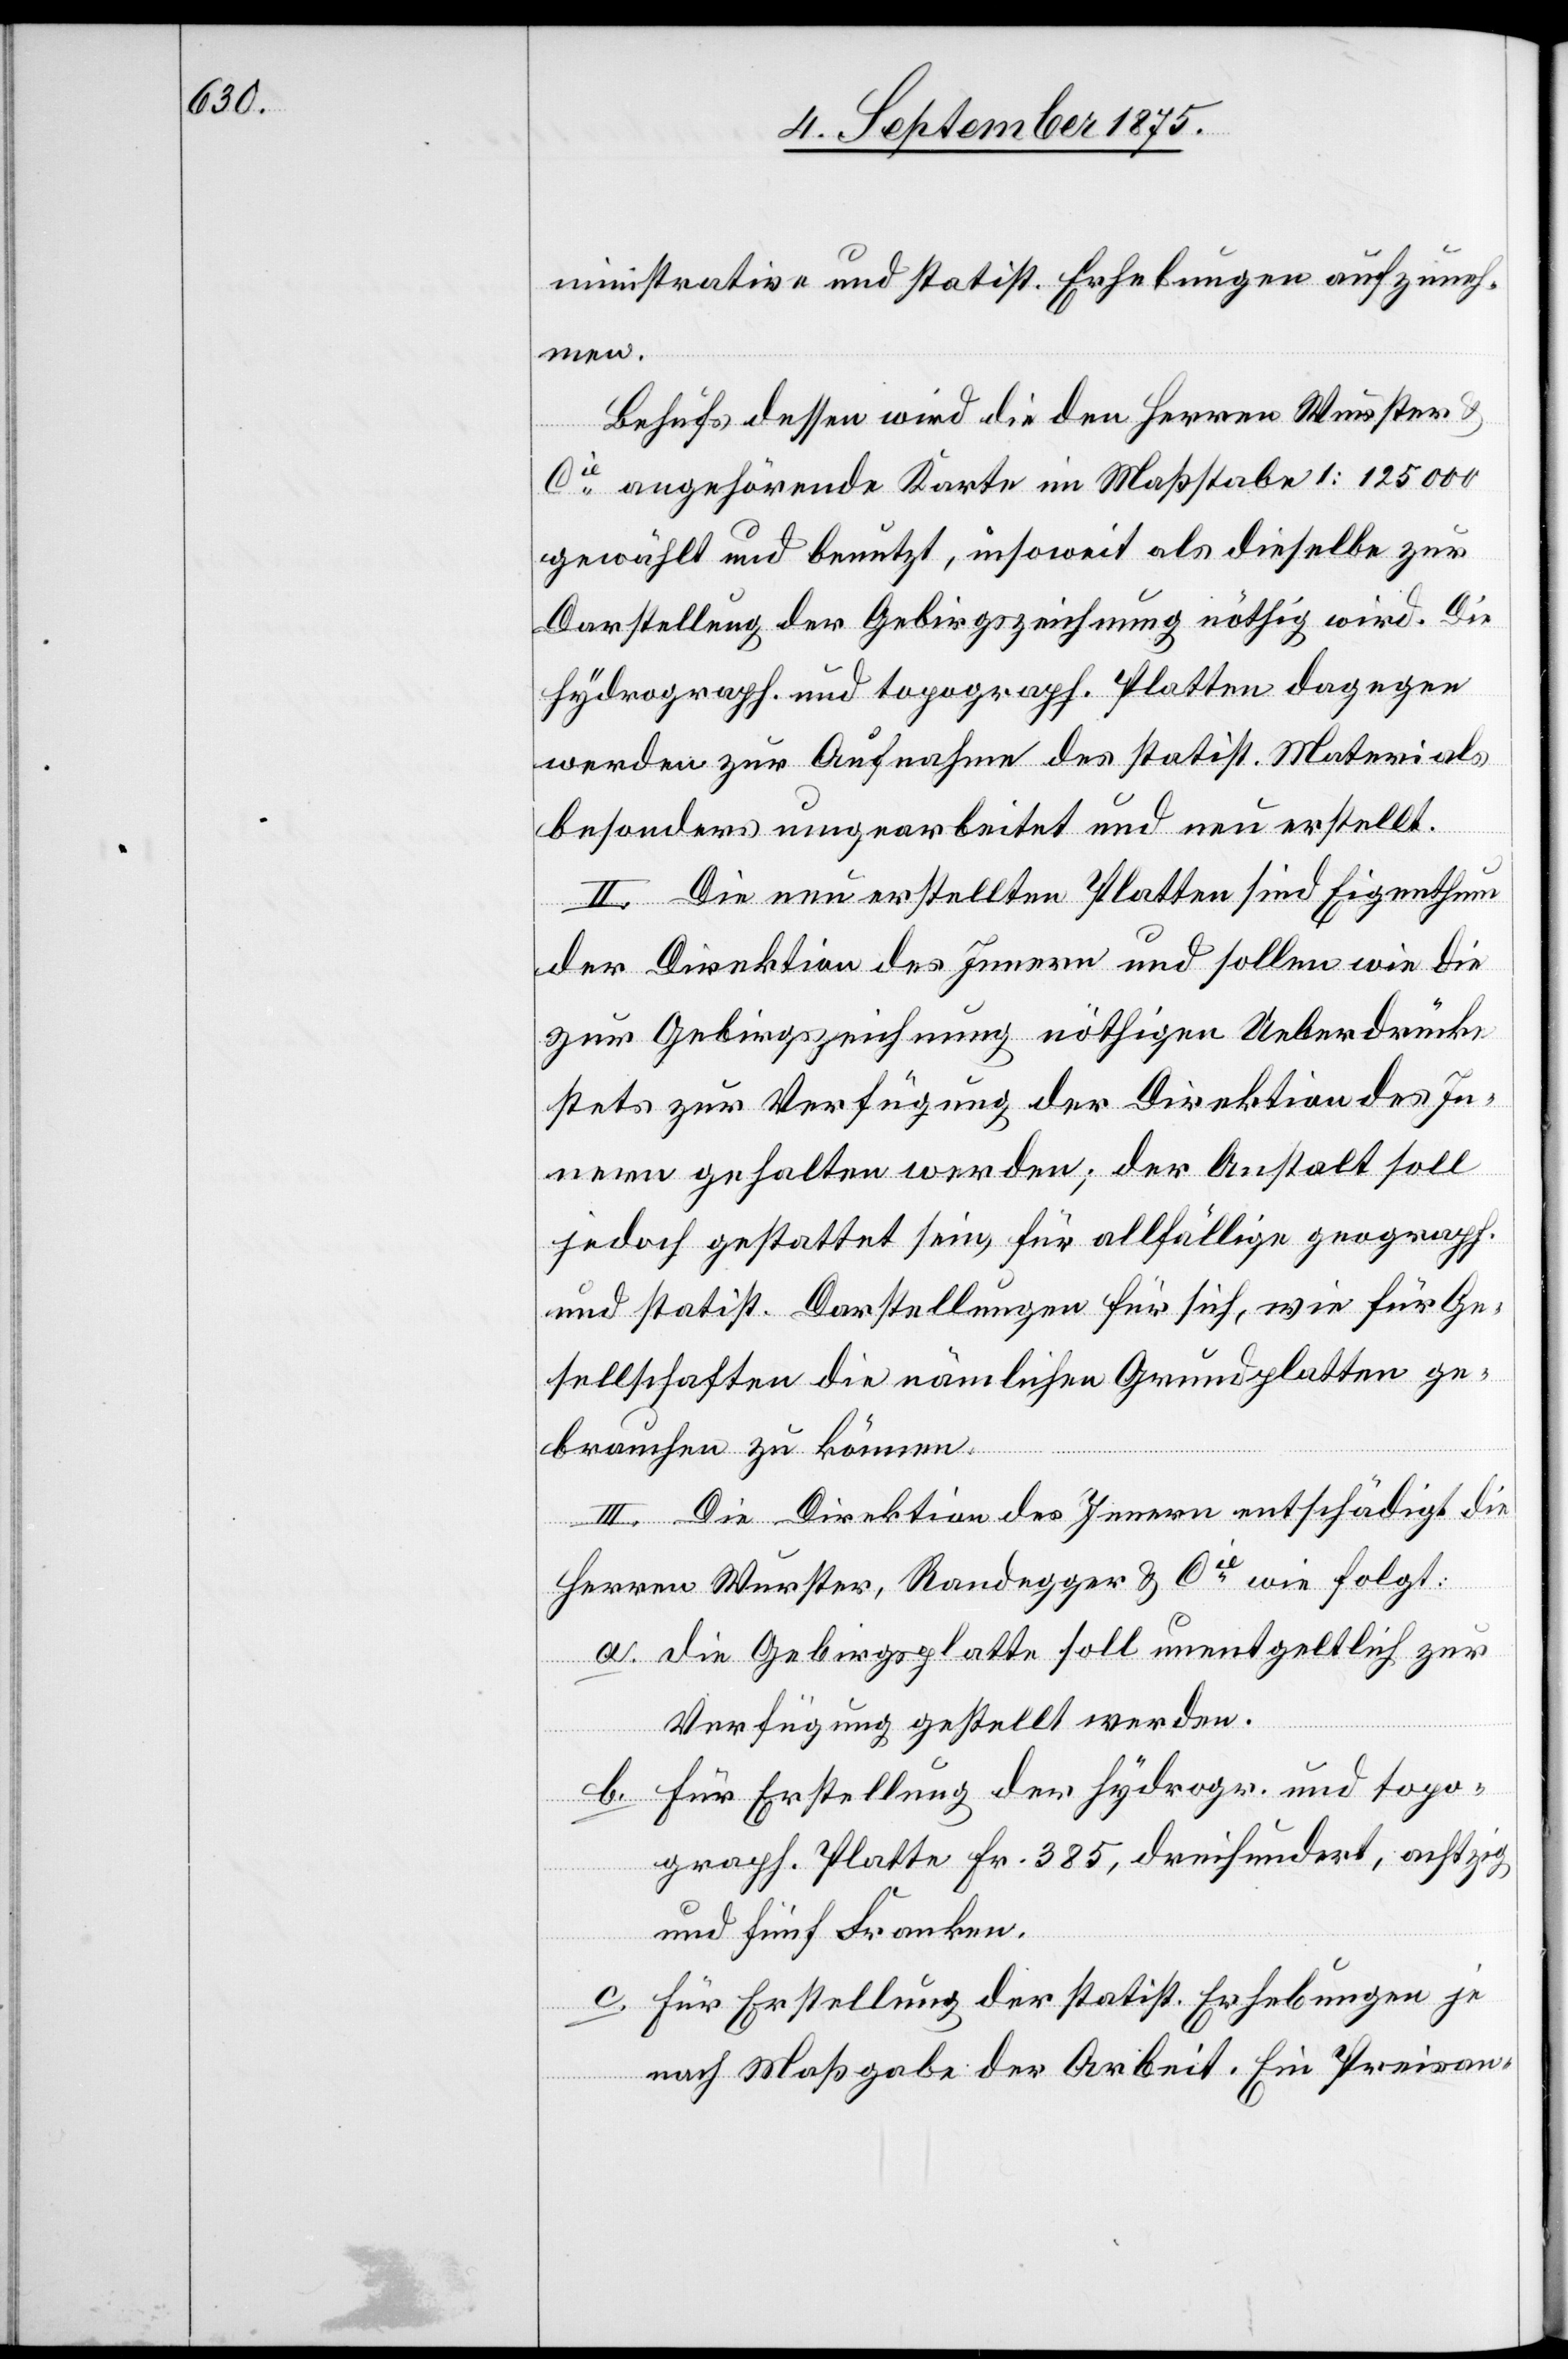
ministrative und statist. Erhebungen aufzuneh¬
men.
Behufs dessen wird die den Herren Wurster
Cie angehörende Karte im Maßstabe 1 : 125000
gewählt und benutzt, insoweit als dieselbe zur
Darstellung der Gebirgszeichnung nöthig wird. Die
hydrograph. und topograph. Platten dagegen
werden zur Aufnahme des statist. Materials
besonders umgearbeitet und neu erstellt.
II. Die neu erstellten Platten sind Eigenthum
der Direktion des Innern und sollen wie die
zur Gebirgszeichnung nöthigen Ueberdrücke
stets zur Verfügung der Direktion des In¬
nern gehalten werden; der Anstalt soll
jedoch gestattet sein, für allfällige geograph.
und statist. Darstellungen für sich, wie für Ge¬
sellschaften die nämlichen Grundplatten ge¬
brauchen zu können.
III. Die Direktion des Innern entschädigt die
Herren Wurster , Randegger & Cie wie folgt:
a. die Gebirgsplatte soll unentgeltlich zur
Verfügung gestellt werden.
b. für Erstellung der hydrogr. und topo¬
graph. Platte Fr. 385, dreihundert, achtzig
und fünf Franken.,
c. für Erstellung der statist. Erhebungen je
nach Maßgabe der Arbeit. Ein Preisan-